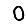
Digit: 0